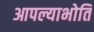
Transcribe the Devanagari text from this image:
आपल्याभोति